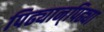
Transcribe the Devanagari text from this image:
पिढ्यान्‌पिढ्या